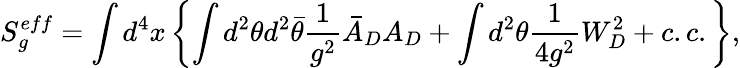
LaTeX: S_{g}^{eff}=\int d^{4}x\left\{ \int d^{2}\theta d^{2}\bar{\theta}\frac 1{g^{2}}\bar{A}_{D}A_{D}+\int d^{2}\theta\frac 1{4g^{2}}W_{D}^{2}+c.c.\right\} ,